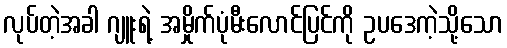
လုပ်တဲ့အခါ ဂျူးရဲ့ အမှိုက်ပုံမီးလောင်ပြင်ကို ဥပဒေကဲ့သို့သော